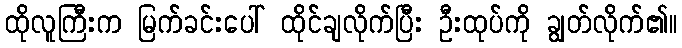
ထိုလူကြီးက မြက်ခင်းပေါ် ထိုင်ချလိုက်ပြီး ဦးထုပ်ကို ချွတ်လိုက်၏။